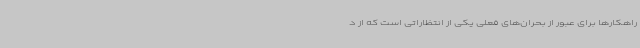
راهکارها برای عبور از بحران‌های فعلی یکی از انتظاراتی است که از د